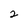
Character: 2